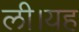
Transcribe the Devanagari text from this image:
ली।यह